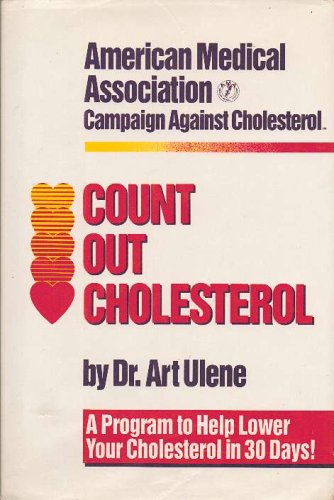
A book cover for Count Out Cholesterol: American Medical Association Campaign Against Cholesterol; Art Ulene; Health, Fitness & Dieting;